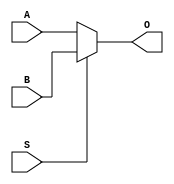
module mux_2x1 (
    input wire A,
    input wire B,
    input wire S,
    output reg O
);

always @(A, B, S)
begin
    if (S == 1'b0)
        O = A;
    else
        O = B;
end

endmodule


module mux_2x1_tb;

    reg A, B, S;
    wire O;

    mux_2x1 uut (
        .A(A),
        .B(B),
        .S(S),
        .O(O)
    );

    reg clk = 0;
    always #5 clk = ~clk;

    initial begin
        // Test all combinations of inputs
        A = 0; B = 0; S = 0; #10; $display("Input: A=%b, B=%b, S=%b, Output: O=%b", A, B, S, O);
        A = 0; B = 0; S = 1; #10; $display("Input: A=%b, B=%b, S=%b, Output: O=%b", A, B, S, O);
        A = 0; B = 1; S = 0; #10; $display("Input: A=%b, B=%b, S=%b, Output: O=%b", A, B, S, O);
        A = 0; B = 1; S = 1; #10; $display("Input: A=%b, B=%b, S=%b, Output: O=%b", A, B, S, O);
        A = 1; B = 0; S = 0; #10; $display("Input: A=%b, B=%b, S=%b, Output: O=%b", A, B, S, O);
        A = 1; B = 0; S = 1; #10; $display("Input: A=%b, B=%b, S=%b, Output: O=%b", A, B, S, O);
        A = 1; B = 1; S = 0; #10; $display("Input: A=%b, B=%b, S=%b, Output: O=%b", A, B, S, O);
        A = 1; B = 1; S = 1; #10; $display("Input: A=%b, B=%b, S=%b, Output: O=%b", A, B, S, O);

        // Finish simulation
        $finish;
    end

endmodule